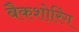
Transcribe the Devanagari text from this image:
बैकशोरिंग